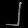
Digit: ၂